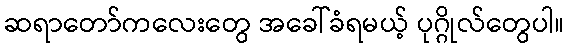
ဆရာတော်ကလေးတွေ အခေါ်ခံရမယ့် ပုဂ္ဂိုလ်တွေပါ။